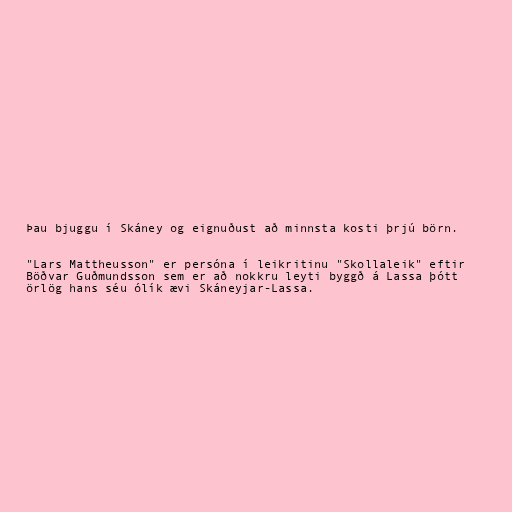
Þau bjuggu í Skáney og eignuðust að minnsta kosti þrjú börn.

"Lars Mattheusson" er persóna í leikritinu "Skollaleik" eftir
Böðvar Guðmundsson sem er að nokkru leyti byggð á Lassa þótt
örlög hans séu ólík ævi Skáneyjar-Lassa.